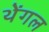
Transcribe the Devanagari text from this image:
थेंगल